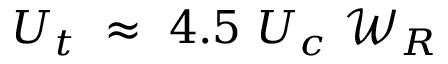
{ U _ { t } } ~ \approx ~ 4 . 5 ~ U _ { c } ~ { \mathcal { W } } _ { R }